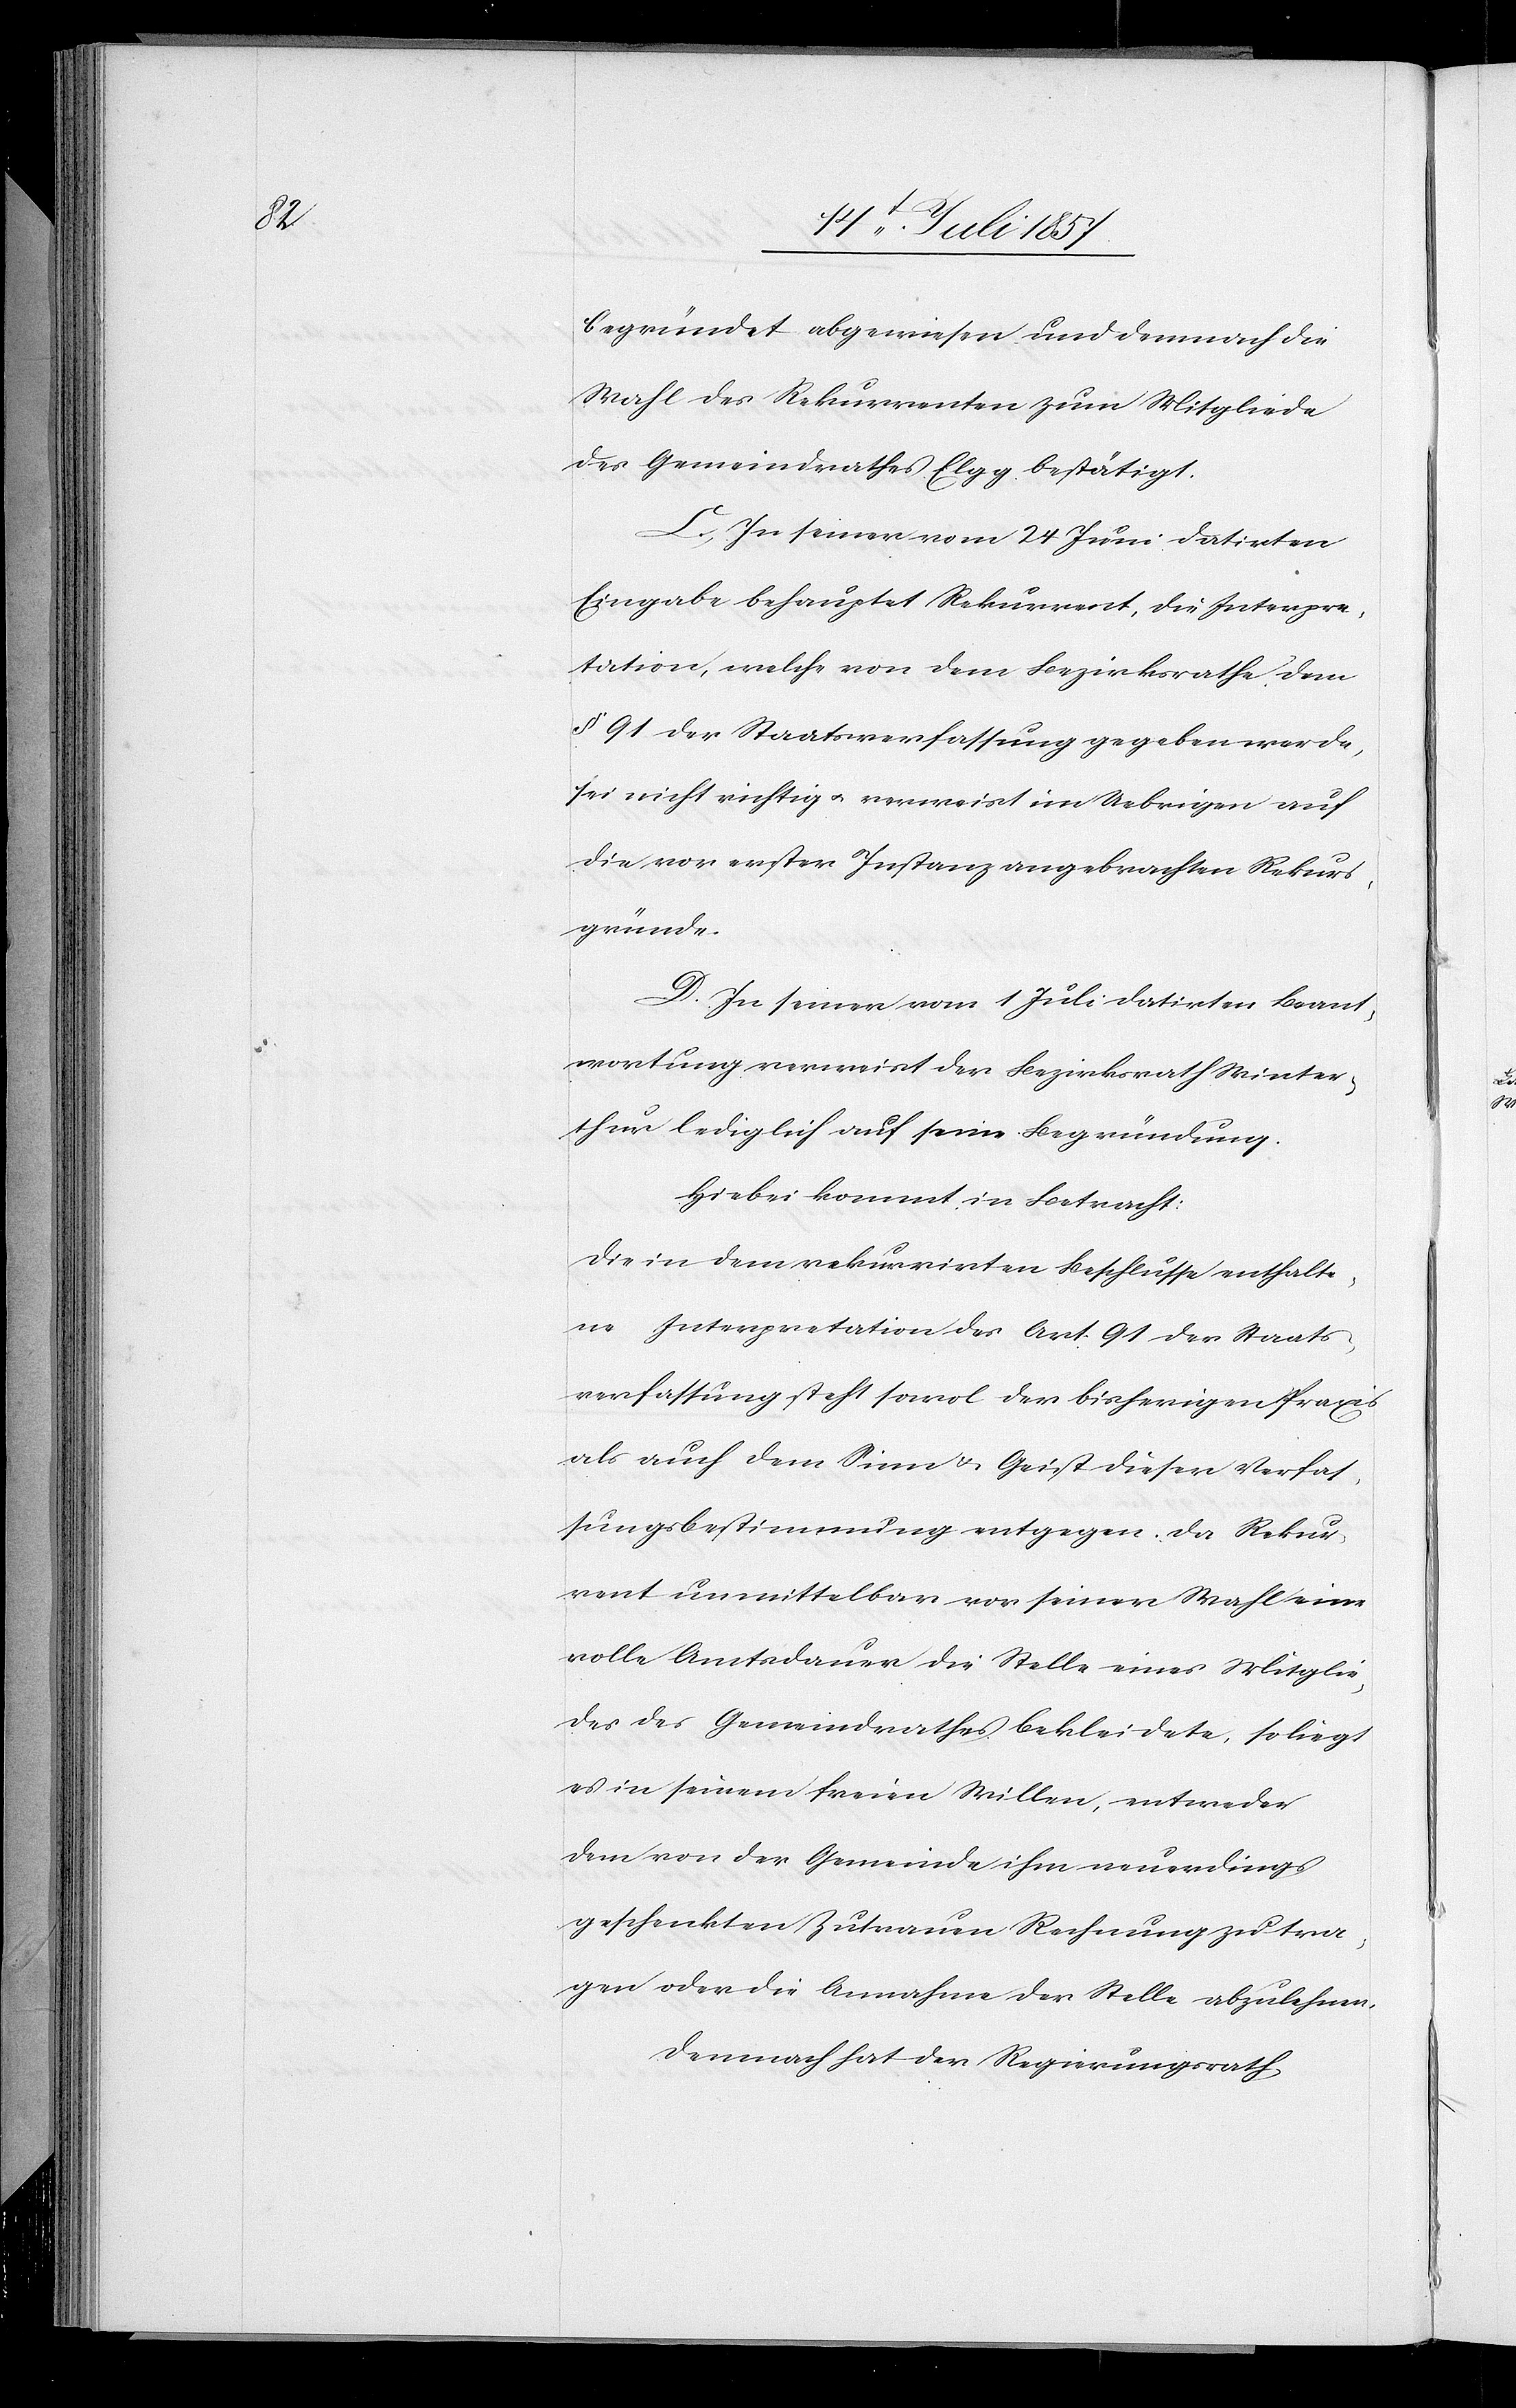
begründet abgewiesen und demnach die
Wahl des Rekurrenten zum Mitgliede
des Gemeindrathes Elgg bestätigt.
C. In seiner vom 24 Juni datirten
Eingabe behauptet Rekurrent, die Interpre¬
tation, welche von dem Bezirksrathe dem
§ 91 der Staatsverfassung gegeben werde,
sei nicht richtig & verweist im Uebrigen auf
die vor erster Instanz angebrachten Rekurs¬
gründe.
D. In seiner vom 1 Juli datirten Beant¬
wortung verweist der Bezirksrath Winter¬
thur lediglich auf seine Begründung:
Hiebei kommt in Betracht:
Die in dem rekurrirten Beschlusse enthalte¬
ne Interpretation des Art. 91 der Staats¬
verfassung steht sowol der bisherigen Praxis
als auch dem Sinne & Geist dieser Verfas¬
sungsbestimmung entgegen: da Rekur¬
rent unmittelbar vor seiner Wahl eine
volle Amtsdauer die Stelle eines Mitglie¬
des des Gemeindrathes bekleidete, so liegt
es in seinem freien Willen, entweder
dem von der Gemeinde ihm neuerdings
geschenkten Zutrauen Rechnung zu tra¬
gen oder die Annahme der Stelle abzulehnen.
Demnach hat der Regierungsrath,